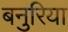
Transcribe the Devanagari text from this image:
बनुरिया